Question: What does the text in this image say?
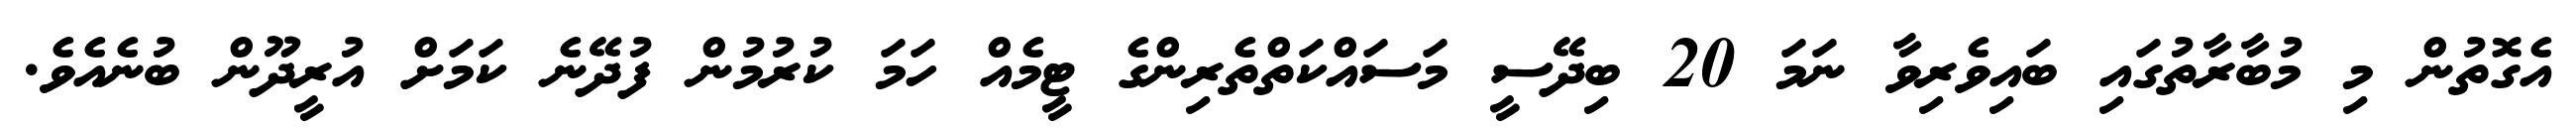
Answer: އެގޮތުން މި މުބާރާތުގައި ބައިވެރިވާ ނަމަ 20 ބިދޭސީ މަސައްކަތްތެރިންގެ ޓީމެއް ހަމަ ކުރުމުން ފުދޭނެ ކަމަށް އުރީދޫން ބުނެއެވެ.